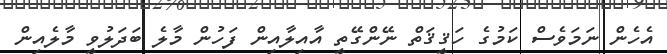
އެހެން ނަމަވެސް ކަމުގެ ހަޤީޤަތް ނޭންގޭތީ އާއިލާއިން ފަހުން މާލެ ބަދަލުވީ މާލެއިން